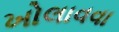
ખોલાવવા